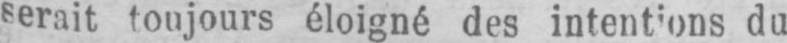
du